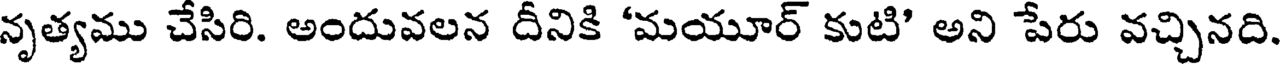
నృత్యము చేసిరి. అందువలన దీనికి 'మయూర్ కుటి' అని పేరు వచ్చినది.